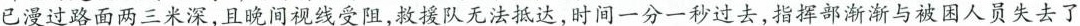
已漫过路面两三米深，且晚间视线受阻，救援队无法抵达，时间一分一秒过去，指挥部渐渐与被困人员失去了联